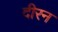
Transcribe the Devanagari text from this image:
दीरन